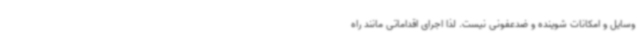
وسایل و امکانات شوینده و ضدعفونی نیست. لذا اجرای اقداماتی مانند راه